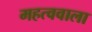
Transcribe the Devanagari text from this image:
महत्ववाला